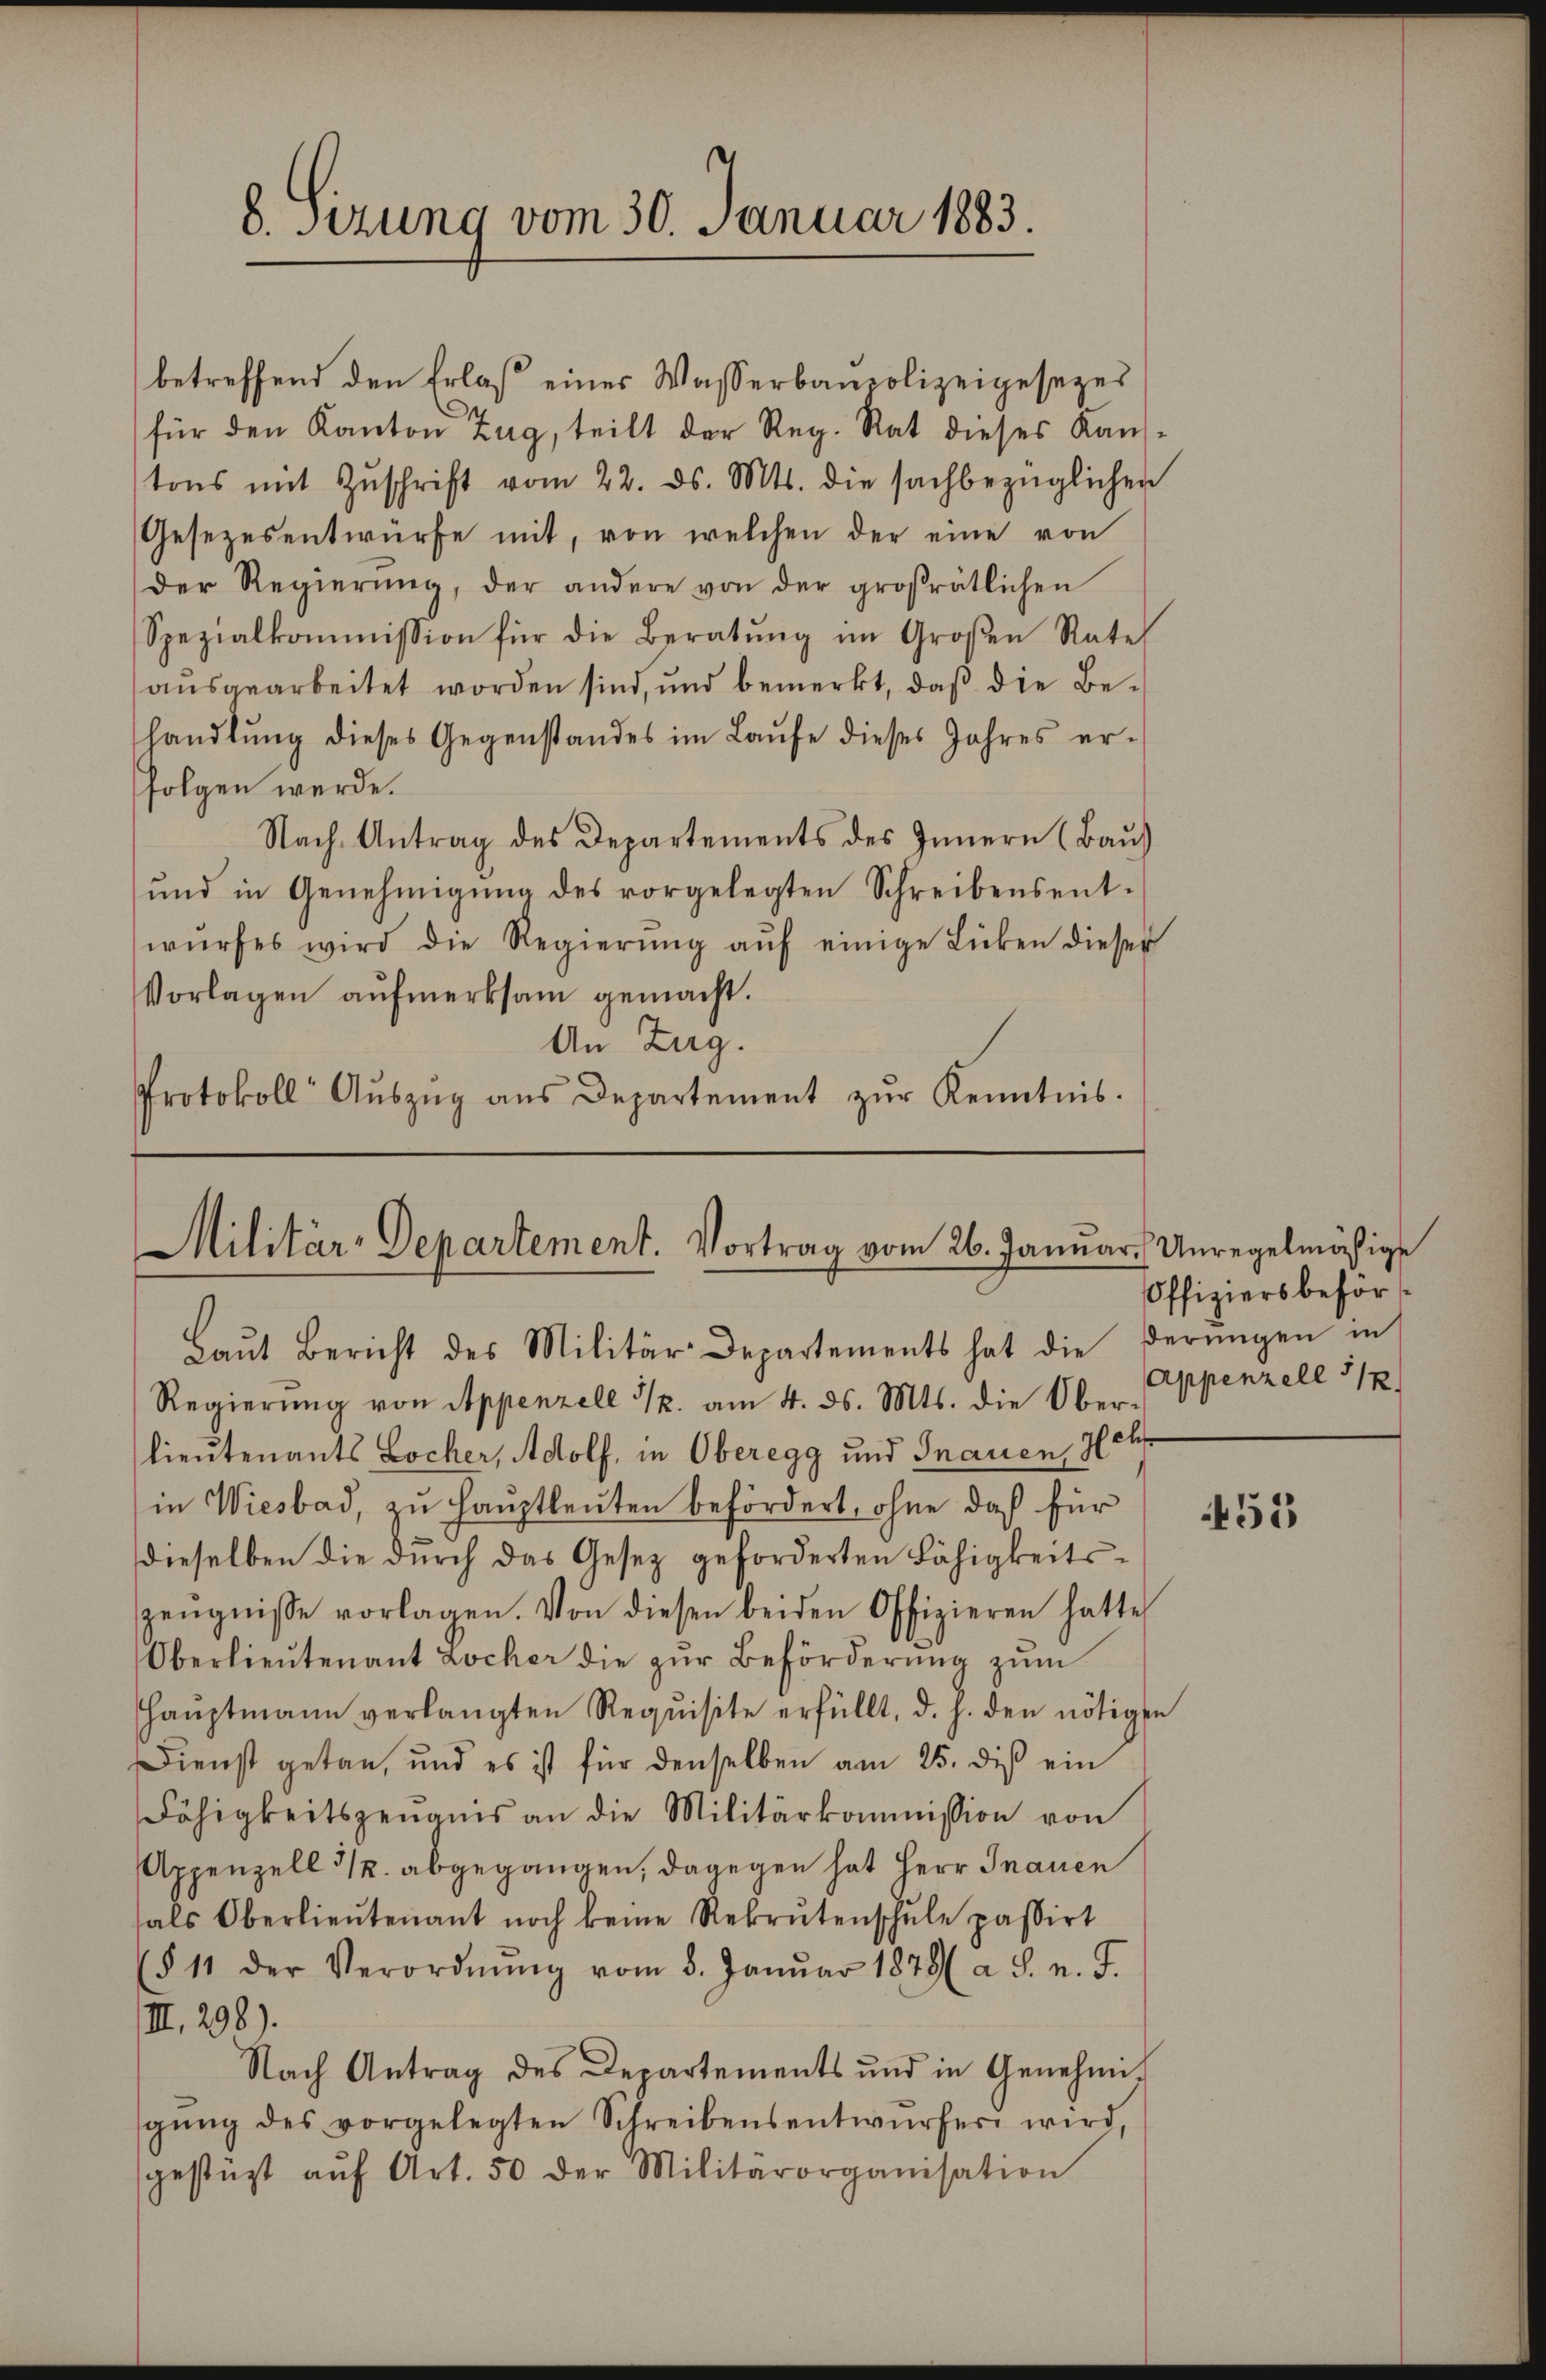
8. Sitzung vom 30. Januar 1883.

betreffend den Erlaß eines Wasserbaupolizeigesezes
für den Kanton Zug, teilt der Reg. Rat dieses Kaŭf-
tons mit Zŭschrift vom 22. ds. Mts. die sachbezüglichen
Gesezesentwürfe mit, von welchen der eine von
der Regierŭng, der andere von der großrätlichen
Spezialkommission für die Beratŭng im Großen Rate
aŭsgearbeitet worden sind, und bemerkt, daβ die Be-
handlŭng dieses Gegenstandes im Laŭfe dieses Jahres er-
folgen werde.
Nach Antrag des Departements des Innern (Baŭs
und in Genehmigŭng des vorgelegten Schreibensent-
wŭrfes wird die Regierŭng aŭf einige Licken dieser
Vorlagen aŭfmerksam gemacht.
An Zug.
Protokoll Aŭszŭg aŭs Departement zŭr Kenntnis.

Militär-Departement. Vortrag vom 26. Janŭar Unregelmäßige
Baŭt Bericht des Militärdepartements hat die Derŭngen in

Regierŭng von Appenzell u. am 4. ds. Mts. die Ober-
lieutenants Locher, Adolf, in Oberegg und Frauen, Hch
in Wiesbad, zu Hauptleuten befördert, ohne daß für
dieselben die durch das Gesetz geforderten Fähigkeitszeŭgnisse vorlagen. Von diesen beiden Offizieren hatte
Oberlieŭtenant Locher die zŭr Beförderŭng zŭm
Haŭptmann verlangten Requisite erfüllt, d. h. den nötigen
Dienst getan, und es ist für denselben am 25. diβ ein
Fähigkeitszeŭgnis an die Militärkommission von
Appenzell 31. abgegangen, dagegen hat Herr Inanen
hals Oberlieŭtenant noch keine Rekrutenschŭle passirt
(§ 11 der Verordnŭng vom 8. Janŭar 1878 ( a S. n. F.
III. 298).
Nach Antrag des Departements und in Genehmi
gŭng des vorgelegten Schreibensentwürferi wird,
gestüzt aŭf Art. 50 der Militärorganisation

Offiziers beför¬
Appenzell 118

452